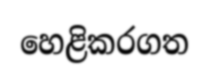
හෙළිකරගත